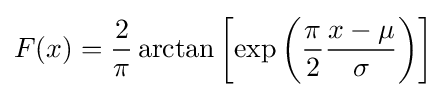
F(x)={\frac {2}{\pi }}\arctan \left[\exp \left({\frac {\pi }{2}}{\frac {x-\mu }{\sigma }}\right)\right]